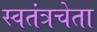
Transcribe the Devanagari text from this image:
स्वतंत्रचेता